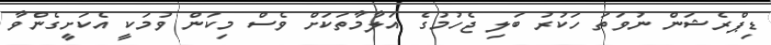
ޑިޕްރެޝަން ނުވަތަ ހަކުރު ބަލި ޖެހުމުގެ އަލާމާތަކަށް ވެސް މިކަން ވުމަކީ އެކަށީގެންވާ